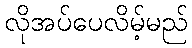
လိုအပ်ပေလိမ့်မည်